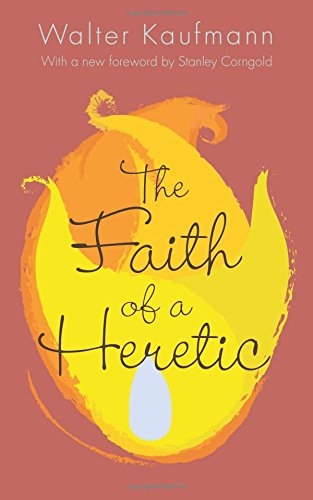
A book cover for The Faith of a Heretic; Walter A. Kaufmann; Politics & Social Sciences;